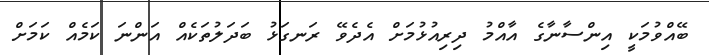
ބޭއްވުމަކީ އިންސާނާގެ އާއްމު ދިރިއުޅުމަށް އެދެވޭ ރަނގަޅު ބަދަލުތަކެއް އަންނަ ކަމެއް ކަމަށް